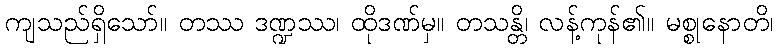
ကျသည်ရှိသော်။ တဿ ဒဏ္ဍဿ၊ ထိုဒဏ်မှ။ တသန္တိ၊ လန့်ကုန်၏။ မစ္စုနောတိ၊